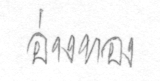
อ่างทอง